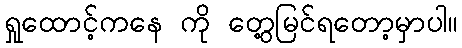
ရှုထောင့်ကနေ ကို တွေ့မြင်ရတော့မှာပါ။